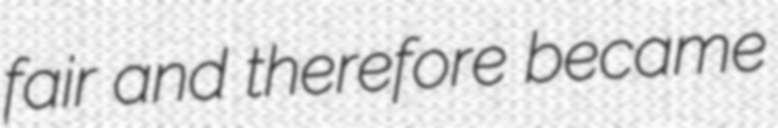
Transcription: fair and therefore became